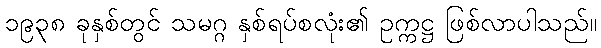
၁၉၃၈ ခုနှစ်တွင် သမဂ္ဂ နှစ်ရပ်စလုံး၏ ဥက္ကဋ္ဌ ဖြစ်လာပါသည်။